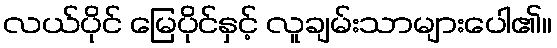
လယ်ပိုင် မြေပိုင်နှင့် လူချမ်းသာများပေါ၏။